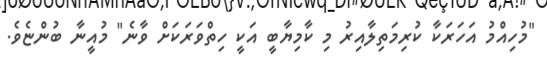
"މުހިއްމު އަހަރަކާ ކުރިމަތިލާއިރު މި ކާމިޔާބީ އަކީ ހިތްވަރަކަށް ވާނެ" މުއީނާ ބުންޏެވެ.